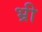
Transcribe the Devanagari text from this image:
भ्री